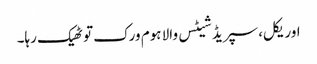
اوریکل، سپریڈ شیٹس والا ہوم ورک تو ٹھیک رہا۔